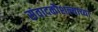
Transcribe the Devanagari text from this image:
संवादकौशल्याच्या